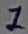
Text: 1